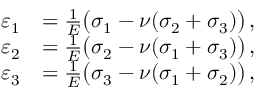
{ \begin{array} { r l } { \varepsilon _ { 1 } } & { = { \frac { 1 } { E } } { \big ( } \sigma _ { 1 } - \nu ( \sigma _ { 2 } + \sigma _ { 3 } ) { \big ) } \, , } \\ { \varepsilon _ { 2 } } & { = { \frac { 1 } { E } } { \big ( } \sigma _ { 2 } - \nu ( \sigma _ { 1 } + \sigma _ { 3 } ) { \big ) } \, , } \\ { \varepsilon _ { 3 } } & { = { \frac { 1 } { E } } { \big ( } \sigma _ { 3 } - \nu ( \sigma _ { 1 } + \sigma _ { 2 } ) { \big ) } \, , } \end{array} }